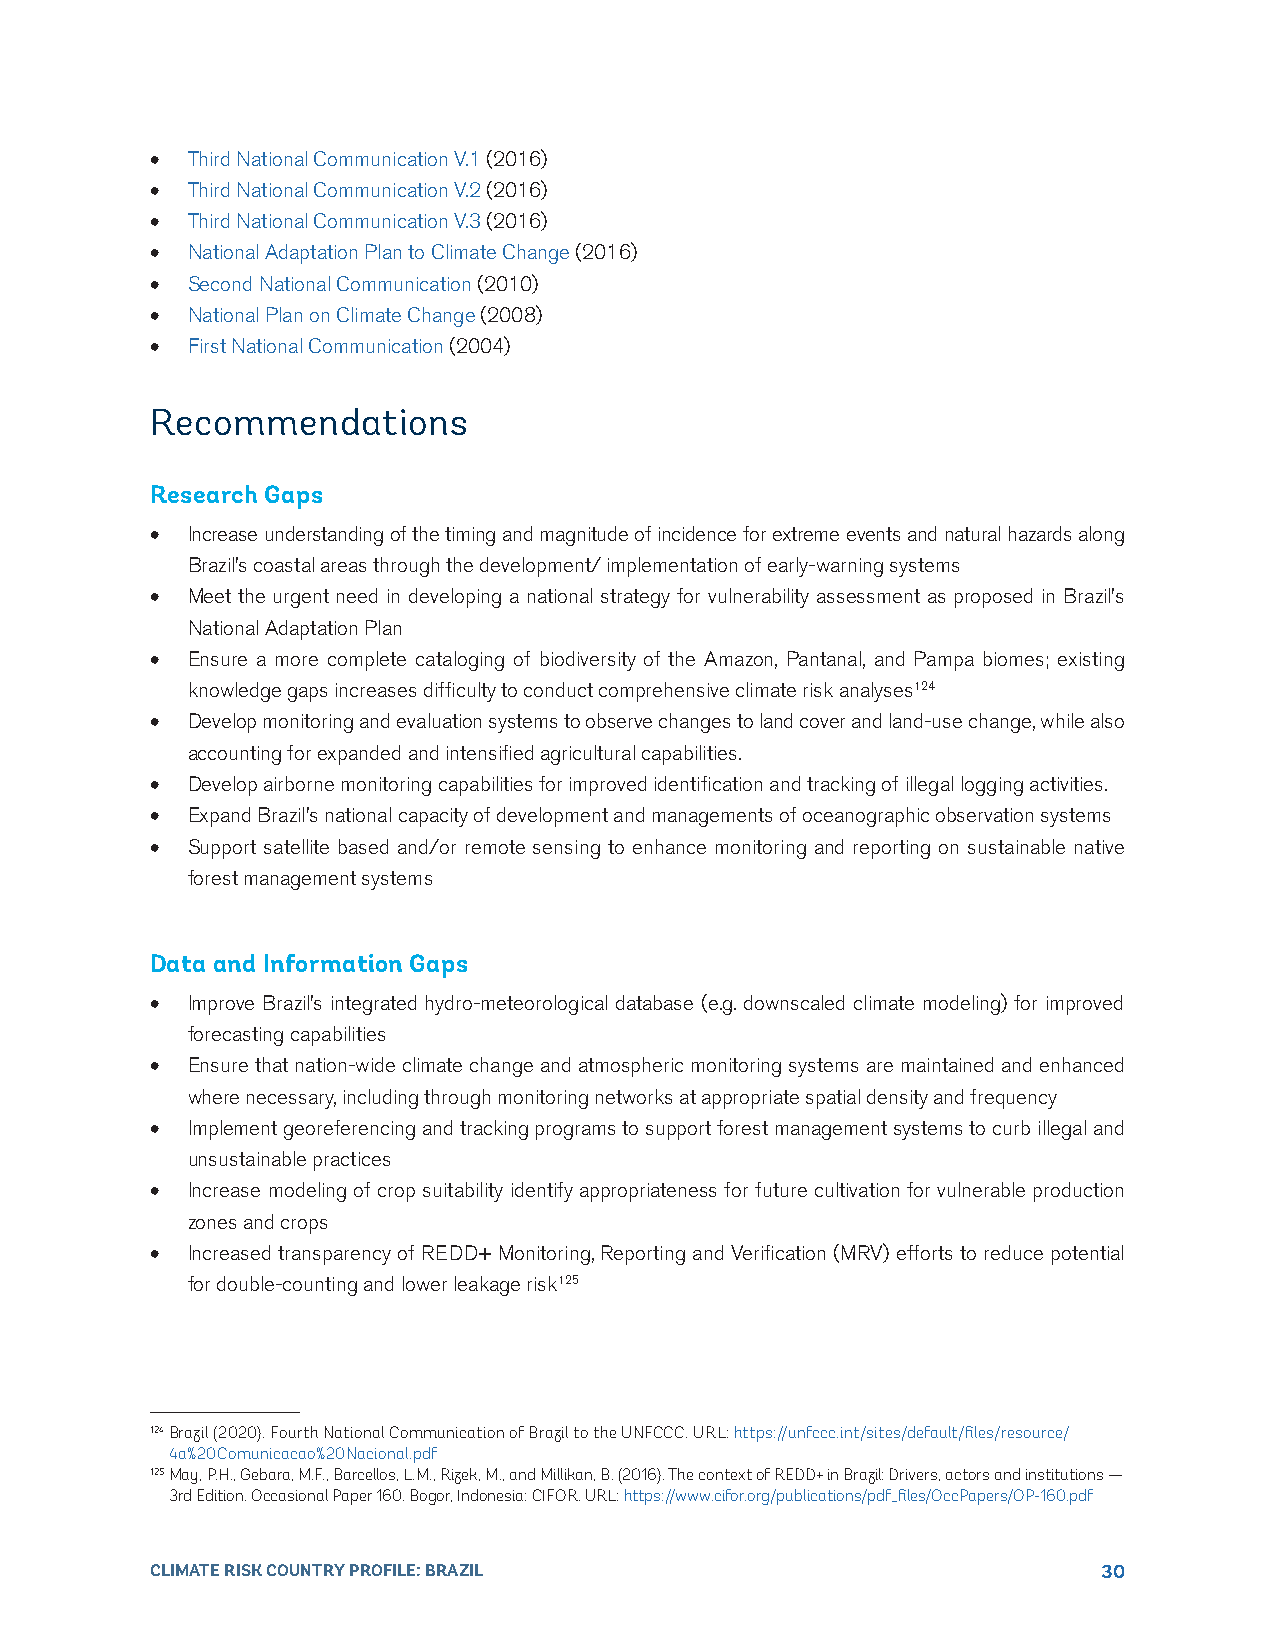
• Third National Communication V.1 (2016)
 • Third National Communication V.2 (2016)
 • Third National Communication V.3 (2016)
 • National Adaptation Plan to Climate Change (2016)
 • Second National Communication (2010)
 • National Plan on Climate Change (2008)
 • First National Communication (2004)
 Recommendations
 Research Gaps
 • Increase understanding of the timing and magnitude of incidence for extreme events and natural hazards along
 Brazil’s coastal areas through the development/ implementation of early-warning systems
 • Meet the urgent need in developing a national strategy for vulnerability assessment as proposed in Brazil’s
 National Adaptation Plan
 • Ensure a more complete cataloging of biodiversity of the Amazon, Pantanal, and Pampa biomes; existing
 knowledge gaps increases difficulty to conduct comprehensive climate risk analyses124
 • Develop monitoring and evaluation systems to observe changes to land cover and land-use change, while also
 accounting for expanded and intensified agricultural capabilities.
 • Develop airborne monitoring capabilities for improved identification and tracking of illegal logging activities.
 • Expand Brazil’s national capacity of development and managements of oceanographic observation systems
 • Support satellite based and/or remote sensing to enhance monitoring and reporting on sustainable native
 forest management systems
 Data and Information Gaps
 • Improve Brazil’s integrated hydro-meteorological database (e.g. downscaled climate modeling) for improved
 forecasting capabilities
 • Ensure that nation-wide climate change and atmospheric monitoring systems are maintained and enhanced
 where necessary, including through monitoring networks at appropriate spatial density and frequency
 • Implement georeferencing and tracking programs to support forest management systems to curb illegal and
 unsustainable practices
 • Increase modeling of crop suitability identify appropriateness for future cultivation for vulnerable production
 zones and crops
 • Increased transparency of REDD+ Monitoring, Reporting and Verification (MRV) efforts to reduce potential
 for double-counting and lower leakage risk125
 124 Brazil (2020). Fourth National Communication of Brazil to the UNFCCC. URL: https://unfccc.int/sites/default/files/resource/
 4a%20Comunicacao%20Nacional.pdf
 125 May, P.H., Gebara, M.F., Barcellos, L.M., Rizek, M., and Millikan, B. (2016). The context of REDD+ in Brazil: Drivers, actors and institutions —
 3rd Edition. Occasional Paper 160. Bogor, Indonesia: CIFOR. URL: https://www.cifor.org/publications/pdf_files/OccPapers/OP-160.pdf
 CLIMATE RISK COUNTRY PROFILE: BRAZIL                           30